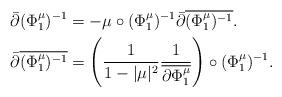
LaTeX: \begin{align*}\bar\partial(\Phi_1^{\mu})^{-1}&= -\mu\circ(\Phi_1^{\mu})^{-1}\bar\partial\overline{(\Phi_1^{\mu})^{-1}}.\\ \bar\partial\overline{(\Phi_1^{\mu})^{-1}}&=\left(\frac{1}{1-\vert\mu\vert^2}\frac{1}{\overline{\partial \Phi_1^\mu}}\right)\circ (\Phi_1^\mu)^{-1}.\end{align*}